Scottish Leaving Certificate Examination, 1958
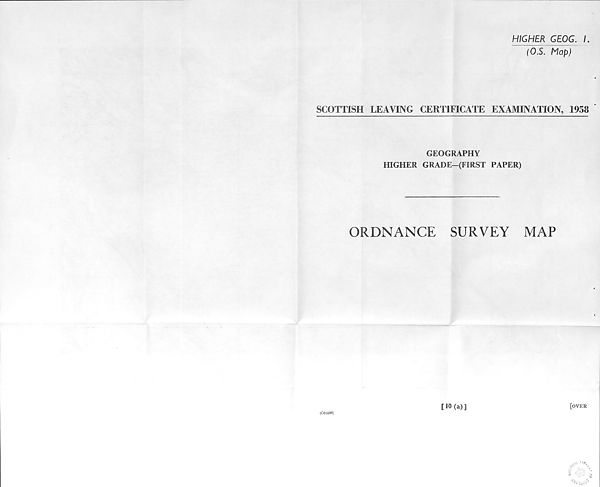
HIGHER GEOG. I.
(OS. Map)
SCOTTISH LEAVING CERTIFICATE EXAMINATION, 1958
GEOGRAPHY
HIGHER GRAD E—(FIRST PAPER)
ORDNANCE
SURVEY
MAP
[over
' V- v 1 %
A .
(C61558)
[10(a)]
NAT/,